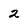
Character: 2